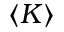
\langle K \rangle